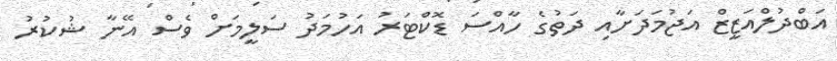
އަބްދުލްއަޒީޒް އަޖުމަދަށާއި ދަތުގެ ހާއްސަ ޑޮކްޓަރު އަހުމަދު ސަލީމަށް ވެސް އޭނާ ޝުކުރު